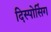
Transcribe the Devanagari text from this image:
दिस्पोसिंग